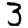
Digit: 3